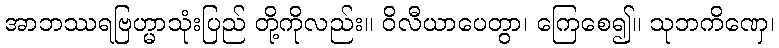
အာဘဿရဗြဟ္မာသုံးပြည် တို့ကိုလည်း။ ဝိလီယာပေတွာ၊ ကြေစေ၍။ သုဘကိဏှေ၊